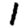
Digit: 1